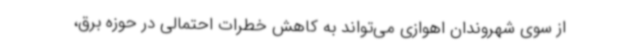
از سوی شهروندان اهوازی می‌تواند به کاهش خطرات احتمالی در حوزه برق،